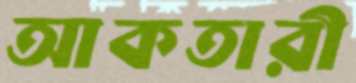
আকতারী